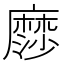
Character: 𮮋